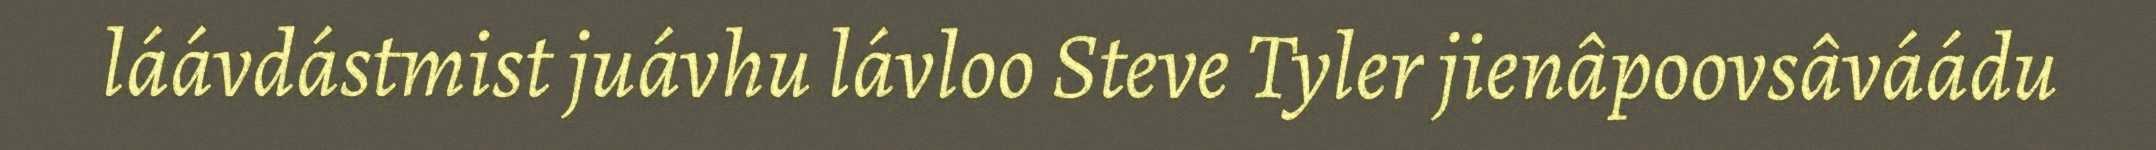
láávdástmist juávhu lávloo Steve Tyler jienâpoovsâváádu